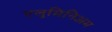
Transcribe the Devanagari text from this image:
एलुमिनिअम